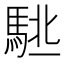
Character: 𱄙